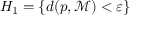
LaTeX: H _ { 1 } = \{ d ( p , { \mathcal { M } } ) < \varepsilon \}